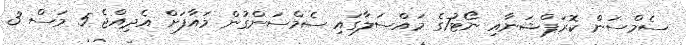
ސެމްސަން ކޮރަޕްޝަނާއި ނޯޓު7ގެ މައްސަލާގައި ސެމްސަންގުން މައާފަށް އެދިއްޖެ 5 މަސް 3